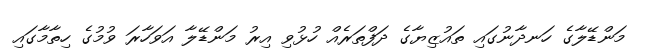
މަންޑޭލާގެ ހަނދާނުގައި ތައުޒިޔާގެ ދަފްތަރެއް ހުޅުވި އިރު މަންޑޭލާ އަވަހާރަ ވުމުގެ ހިތާމާގައި